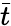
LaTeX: \bar{t}